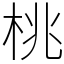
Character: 桃